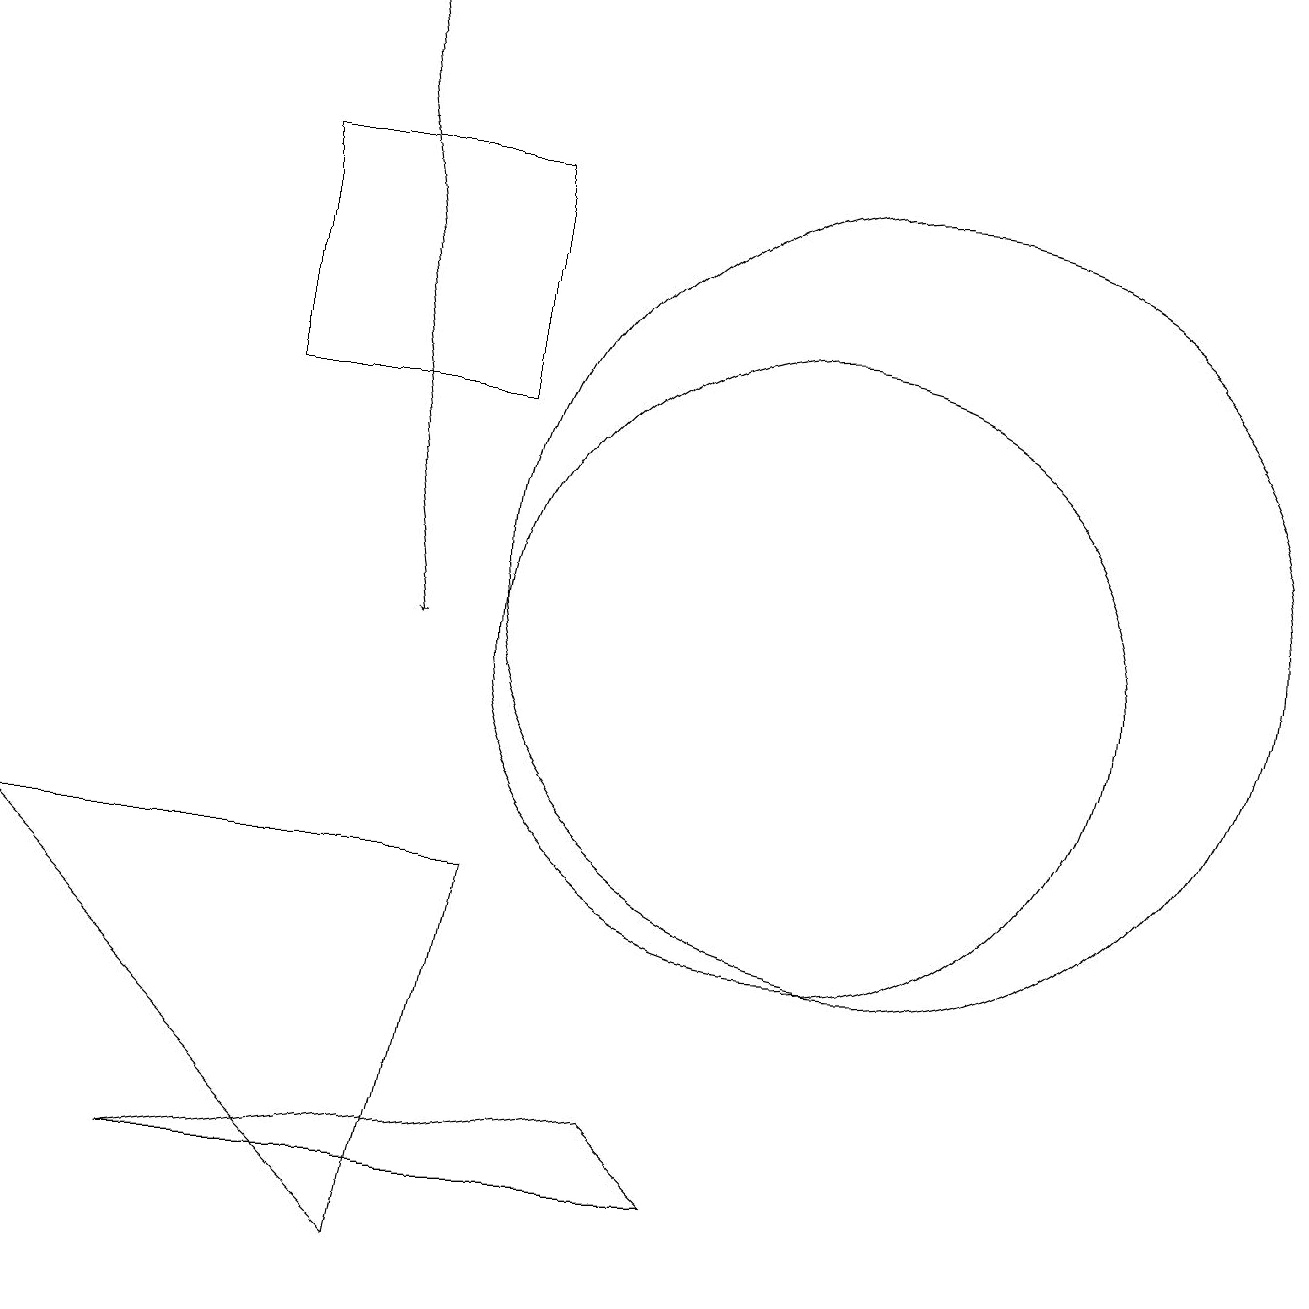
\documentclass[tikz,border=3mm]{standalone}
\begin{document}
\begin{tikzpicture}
\draw (10,11) circle (4);
\draw (6,8) -- (0,8) -- (5,3) -- cycle;
\draw[->] (4,19) -- (5,11);
\draw (9,4) -- (8,5) -- (2,4) -- cycle;
\draw (11,12) circle (5);
\draw (3,14) rectangle (6,17);
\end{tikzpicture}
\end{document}